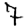
Digit: 7